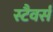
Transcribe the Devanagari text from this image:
स्टैवर्स